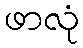
ဖာလုံ